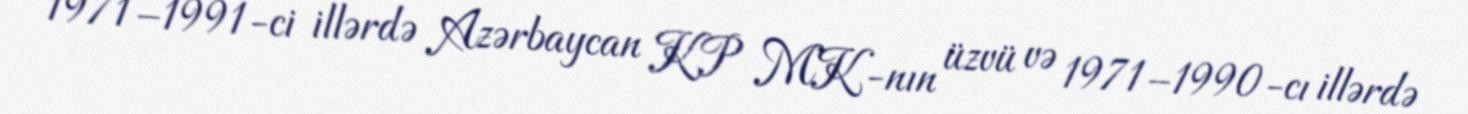
1971–1991-ci illərdə Azərbaycan KP MK-nın üzvü və 1971–1990-cı illərdə